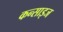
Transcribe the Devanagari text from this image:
कन्साइज